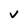
Character: v